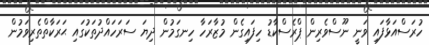
ހުރަސްއަޅާފައި ވަނީ ނޫސްވެރިން ޕްރެސްކާޑު ހިފައިގެން މުޒާރަހާ ހިނގަމުން ދިޔަ ސަރަހައްދުތަކުގައި ޙަރަކާތްތެރިވަމުން